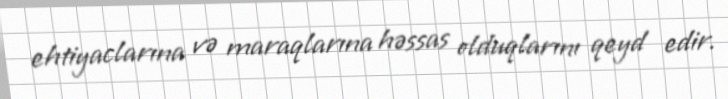
ehtiyaclarına və maraqlarına həssas olduqlarını qeyd edir.